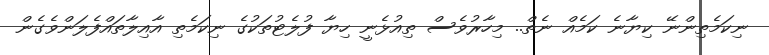
ނިކަމެތިންނޭ ކިޔާނެ ކަމެއް ނެތް.. މިހާރުވެސް ތިއުޅެނީ ހިޔާ ފުލެޓުތަކުގެ ނިކަމެތި އާއިލާތައްފެލަންވެގެން